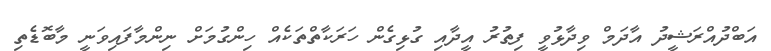
އަބްދުއްރަޝީދު އާދަމް ވިދާޅުވީ ފިތުރު އީދާއި ގުޅިގެން ހަރަކާތްތަކެއް ހިންގުމަށް ނިންމާފައިވަނީ މާބޮޑެތި